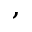
^ { , }